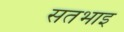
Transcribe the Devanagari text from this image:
सतभाइ